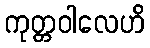
ကုတ္တဝါလေဟိ